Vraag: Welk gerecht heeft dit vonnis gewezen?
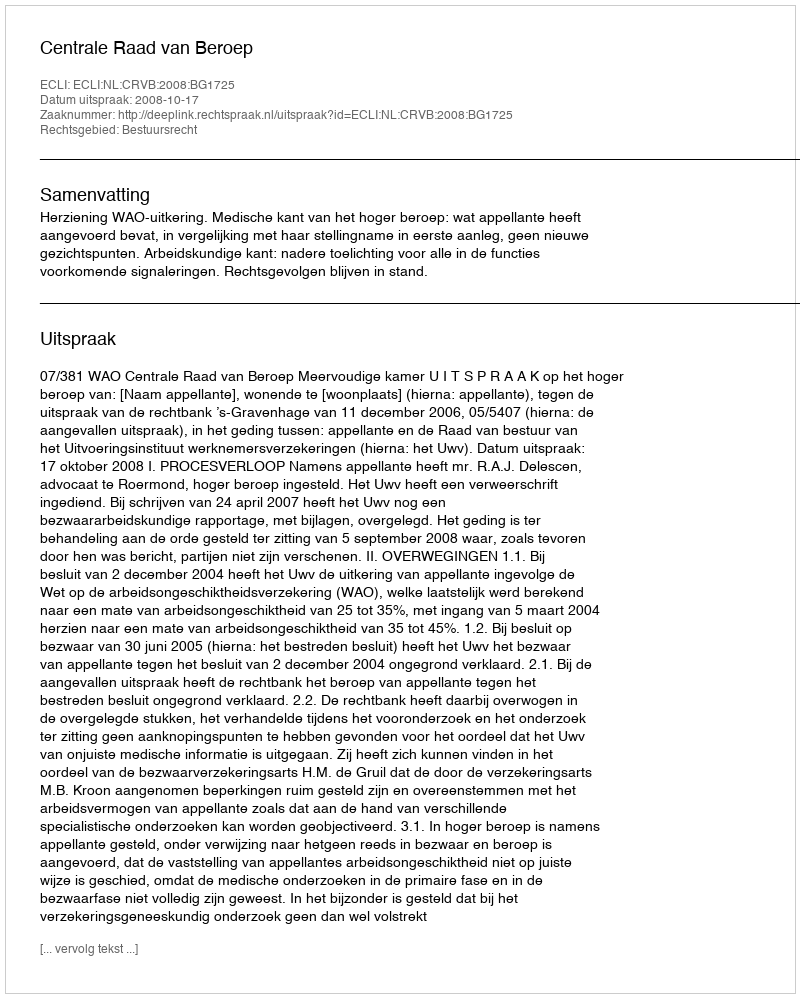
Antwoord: Centrale Raad van Beroep